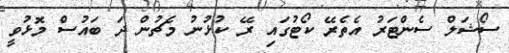
ސޯޝަލް ސެންޓަރު އެތެރޭ ކޯޓުގައި ރޭ ކުޅުނު މެޗުން ދަ ބައުސް މޮޅުވީ